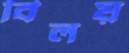
বিলয়